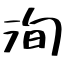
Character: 洵